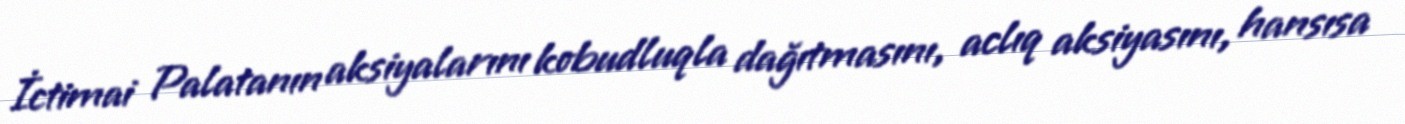
İctimai Palatanın aksiyalarını kobudluqla dağıtmasını, aclıq aksiyasını, hansısa